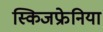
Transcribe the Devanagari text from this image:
स्किजफ्रेनिया